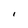
Character: I